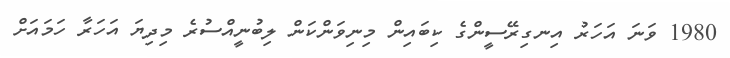
1980 ވަނަ އަހަރު އިނގިރޭސީންގެ ކިބައިން މިނިވަންކަން ލިބުނީއްސުރެ މިދިޔަ އަހަރާ ހަމައަށް